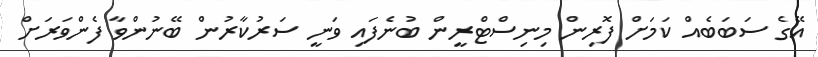
އޭގެ ސަބަބެއް ކަމަށް ފޮރިން މިނިސްޓްރީން ބުނެފައި ވަނީ ސަރުކާރުން ބޭނުންވާ ފެންވަރަށް